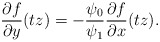
\begin{align*} \frac{\partial f}{\partial y } (tz) =- \frac{ \psi_0}{\psi_1} \frac{\partial f}{\partial x } (tz). \end{align*}